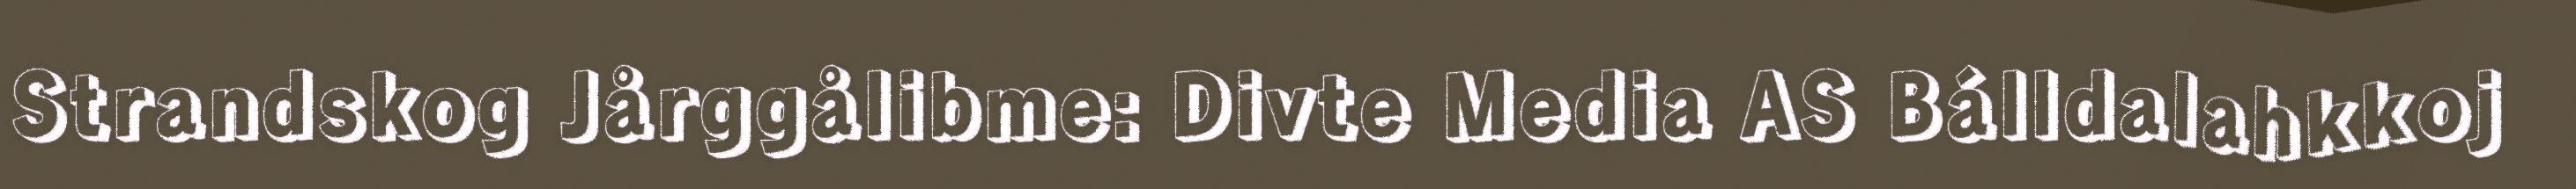
Strandskog Jårggålibme: Divte Media AS Bálldalahkkoj